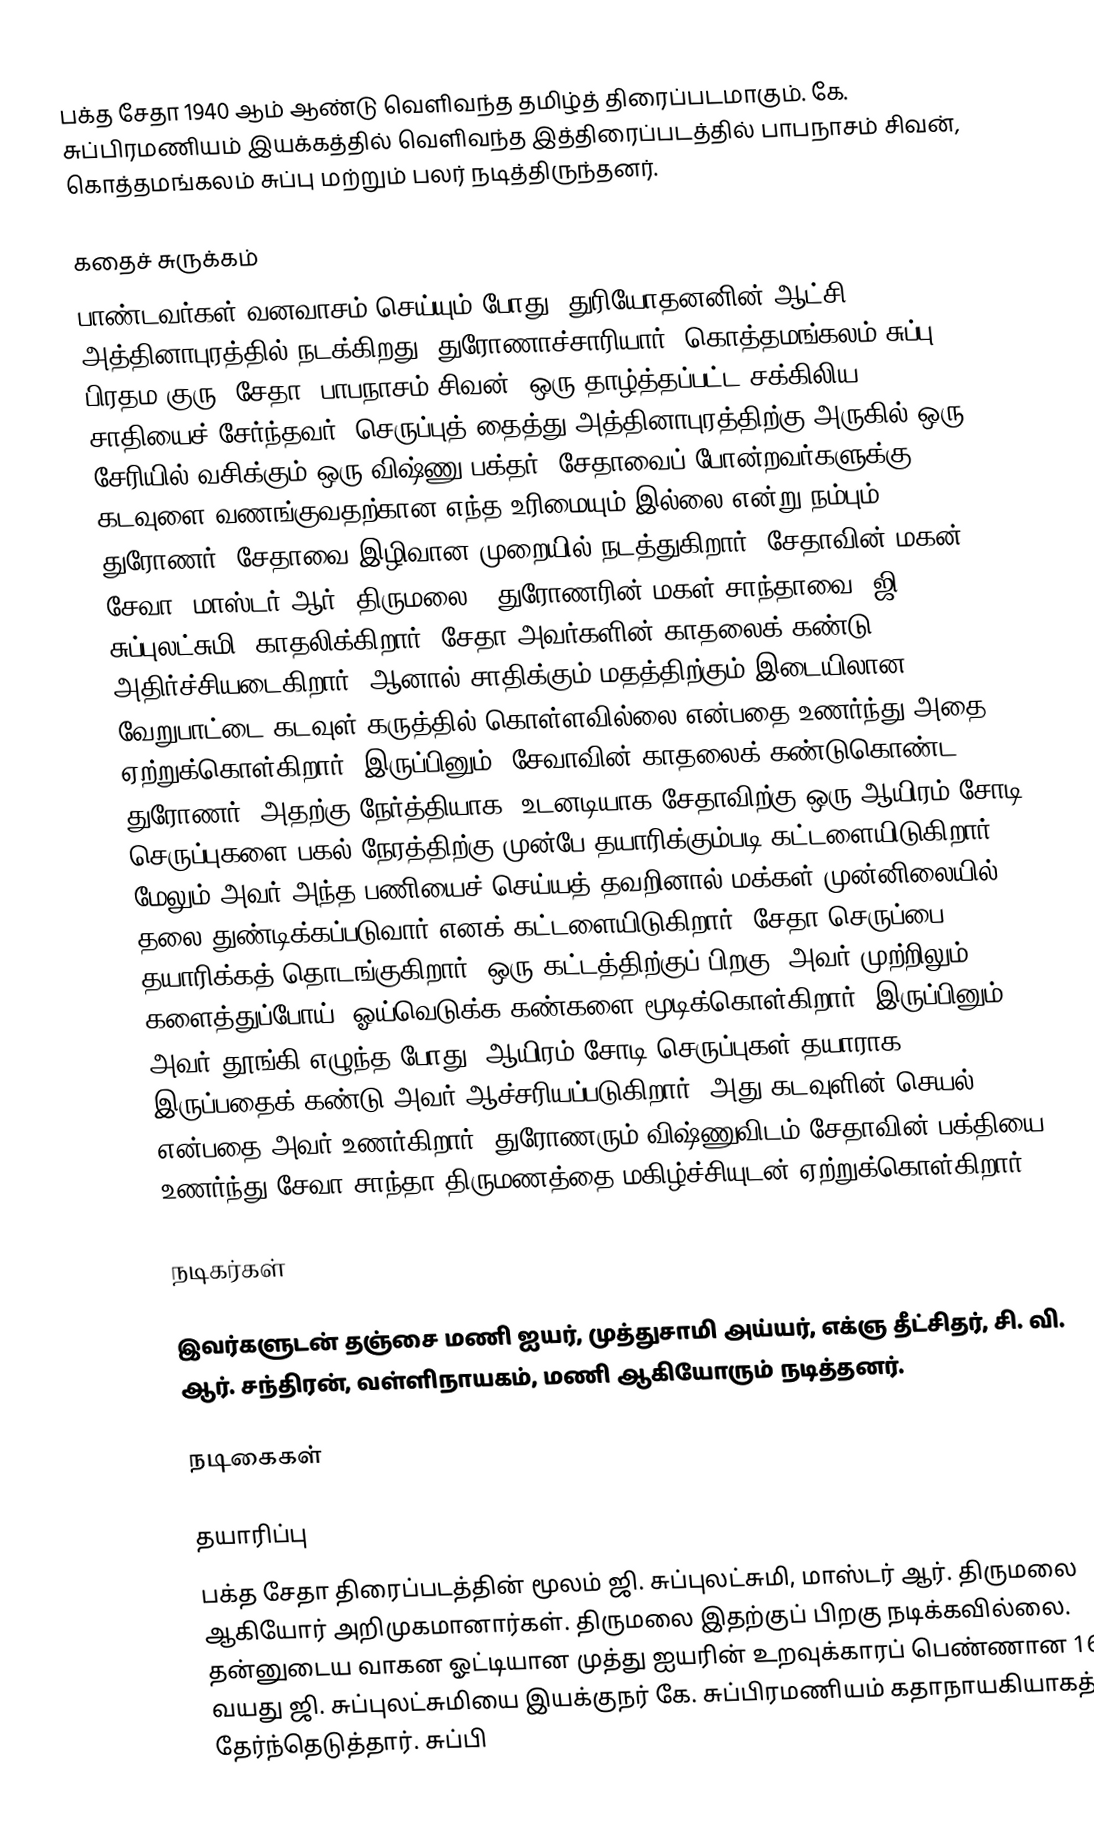
பக்த சேதா 1940 ஆம் ஆண்டு வெளிவந்த தமிழ்த் திரைப்படமாகும். கே. சுப்பிரமணியம் இயக்கத்தில் வெளிவந்த இத்திரைப்படத்தில் பாபநாசம் சிவன், கொத்தமங்கலம் சுப்பு மற்றும் பலர் நடித்திருந்தனர்.

கதைச் சுருக்கம்
பாண்டவர்கள் வனவாசம் செய்யும் போது, துரியோதனனின் ஆட்சி அத்தினாபுரத்தில் நடக்கிறது. துரோணாச்சாரியார் (கொத்தமங்கலம் சுப்பு) பிரதம குரு. சேதா (பாபநாசம் சிவன்) ஒரு தாழ்த்தப்பட்ட சக்கிலிய சாதியைச் சேர்ந்தவர், செருப்புத் தைத்து அத்தினாபுரத்திற்கு அருகில் ஒரு சேரியில் வசிக்கும் ஒரு விஷ்ணு பக்தர். சேதாவைப் போன்றவர்களுக்கு கடவுளை வணங்குவதற்கான எந்த உரிமையும் இல்லை என்று நம்பும் துரோணர், சேதாவை இழிவான முறையில் நடத்துகிறார். சேதாவின் மகன் சேவா (மாஸ்டர் ஆர். திருமலை), துரோணரின் மகள் சாந்தாவை (ஜி. சுப்புலட்சுமி) காதலிக்கிறார். சேதா அவர்களின் காதலைக் கண்டு அதிர்ச்சியடைகிறார், ஆனால் சாதிக்கும் மதத்திற்கும் இடையிலான வேறுபாட்டை கடவுள் கருத்தில் கொள்ளவில்லை என்பதை உணர்ந்து அதை ஏற்றுக்கொள்கிறார். இருப்பினும், சேவாவின் காதலைக் கண்டுகொண்ட துரோணர், அதற்கு நேர்த்தியாக, உடனடியாக சேதாவிற்கு ஒரு ஆயிரம் சோடி செருப்புகளை பகல் நேரத்திற்கு முன்பே தயாரிக்கும்படி கட்டளையிடுகிறார், மேலும் அவர் அந்த பணியைச் செய்யத் தவறினால் மக்கள் முன்னிலையில் தலை துண்டிக்கப்படுவார் எனக் கட்டளையிடுகிறார். சேதா செருப்பை தயாரிக்கத் தொடங்குகிறார். ஒரு கட்டத்திற்குப் பிறகு, அவர் முற்றிலும் களைத்துப்போய், ஓய்வெடுக்க கண்களை மூடிக்கொள்கிறார். இருப்பினும் அவர் தூங்கி எழுந்த போது, ஆயிரம் சோடி செருப்புகள் தயாராக இருப்பதைக் கண்டு அவர் ஆச்சரியப்படுகிறார். அது கடவுளின் செயல் என்பதை அவர் உணர்கிறார். துரோணரும் விஷ்ணுவிடம் சேதாவின் பக்தியை உணர்ந்து சேவா-சாந்தா திருமணத்தை மகிழ்ச்சியுடன் ஏற்றுக்கொள்கிறார்.

நடிகர்கள்

இவர்களுடன் தஞ்சை மணி ஐயர், முத்துசாமி அய்யர், எக்ஞ தீட்சிதர், சி. வி. ஆர். சந்திரன், வள்ளிநாயகம், மணி ஆகியோரும் நடித்தனர்.

நடிகைகள்

தயாரிப்பு
பக்த சேதா திரைப்படத்தின் மூலம் ஜி. சுப்புலட்சுமி, மாஸ்டர் ஆர். திருமலை ஆகியோர் அறிமுகமானார்கள். திருமலை இதற்குப் பிறகு நடிக்கவில்லை. தன்னுடைய வாகன ஓட்டியான முத்து ஐயரின் உறவுக்காரப் பெண்ணான 16 வயது ஜி. சுப்புலட்சுமியை இயக்குநர் கே. சுப்பிரமணியம் கதாநாயகியாகத் தேர்ந்தெடுத்தார். சுப்பி